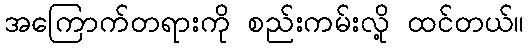
အကြောက်တရားကို စည်းကမ်းလို့ ထင်တယ်။